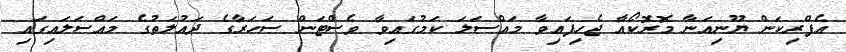
އެފްރިކަން ޔޫނިއަނާ މޮރޮކޯއާ ޖެހިފައިވާ މައްސަލަ ކަމުގައިވާ ވެސްޓަން ސަހަރާގެ ދައުލަތުގެ މައްސަލައިގައި